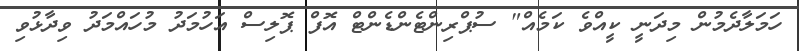
ހަމަލާދެމުން މިދަނީ ކީއްވެ ކަމެއް" ސުޕްރިންޓެންޑެންޓް އޮފް ޕޮލިސް އަހުމަދު މުހައްމަދު ވިދާޅުވި